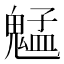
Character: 𫙍